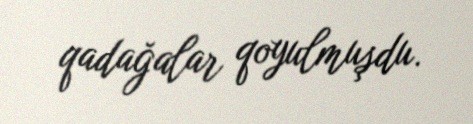
qadağalar qoyulmuşdu.